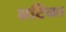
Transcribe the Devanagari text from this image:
बटिका